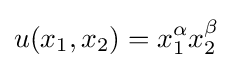
u(x_{1},x_{2})=x_{1}^{\alpha }x_{2}^{\beta }